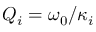
Q _ { i } = \omega _ { 0 } / \kappa _ { i }